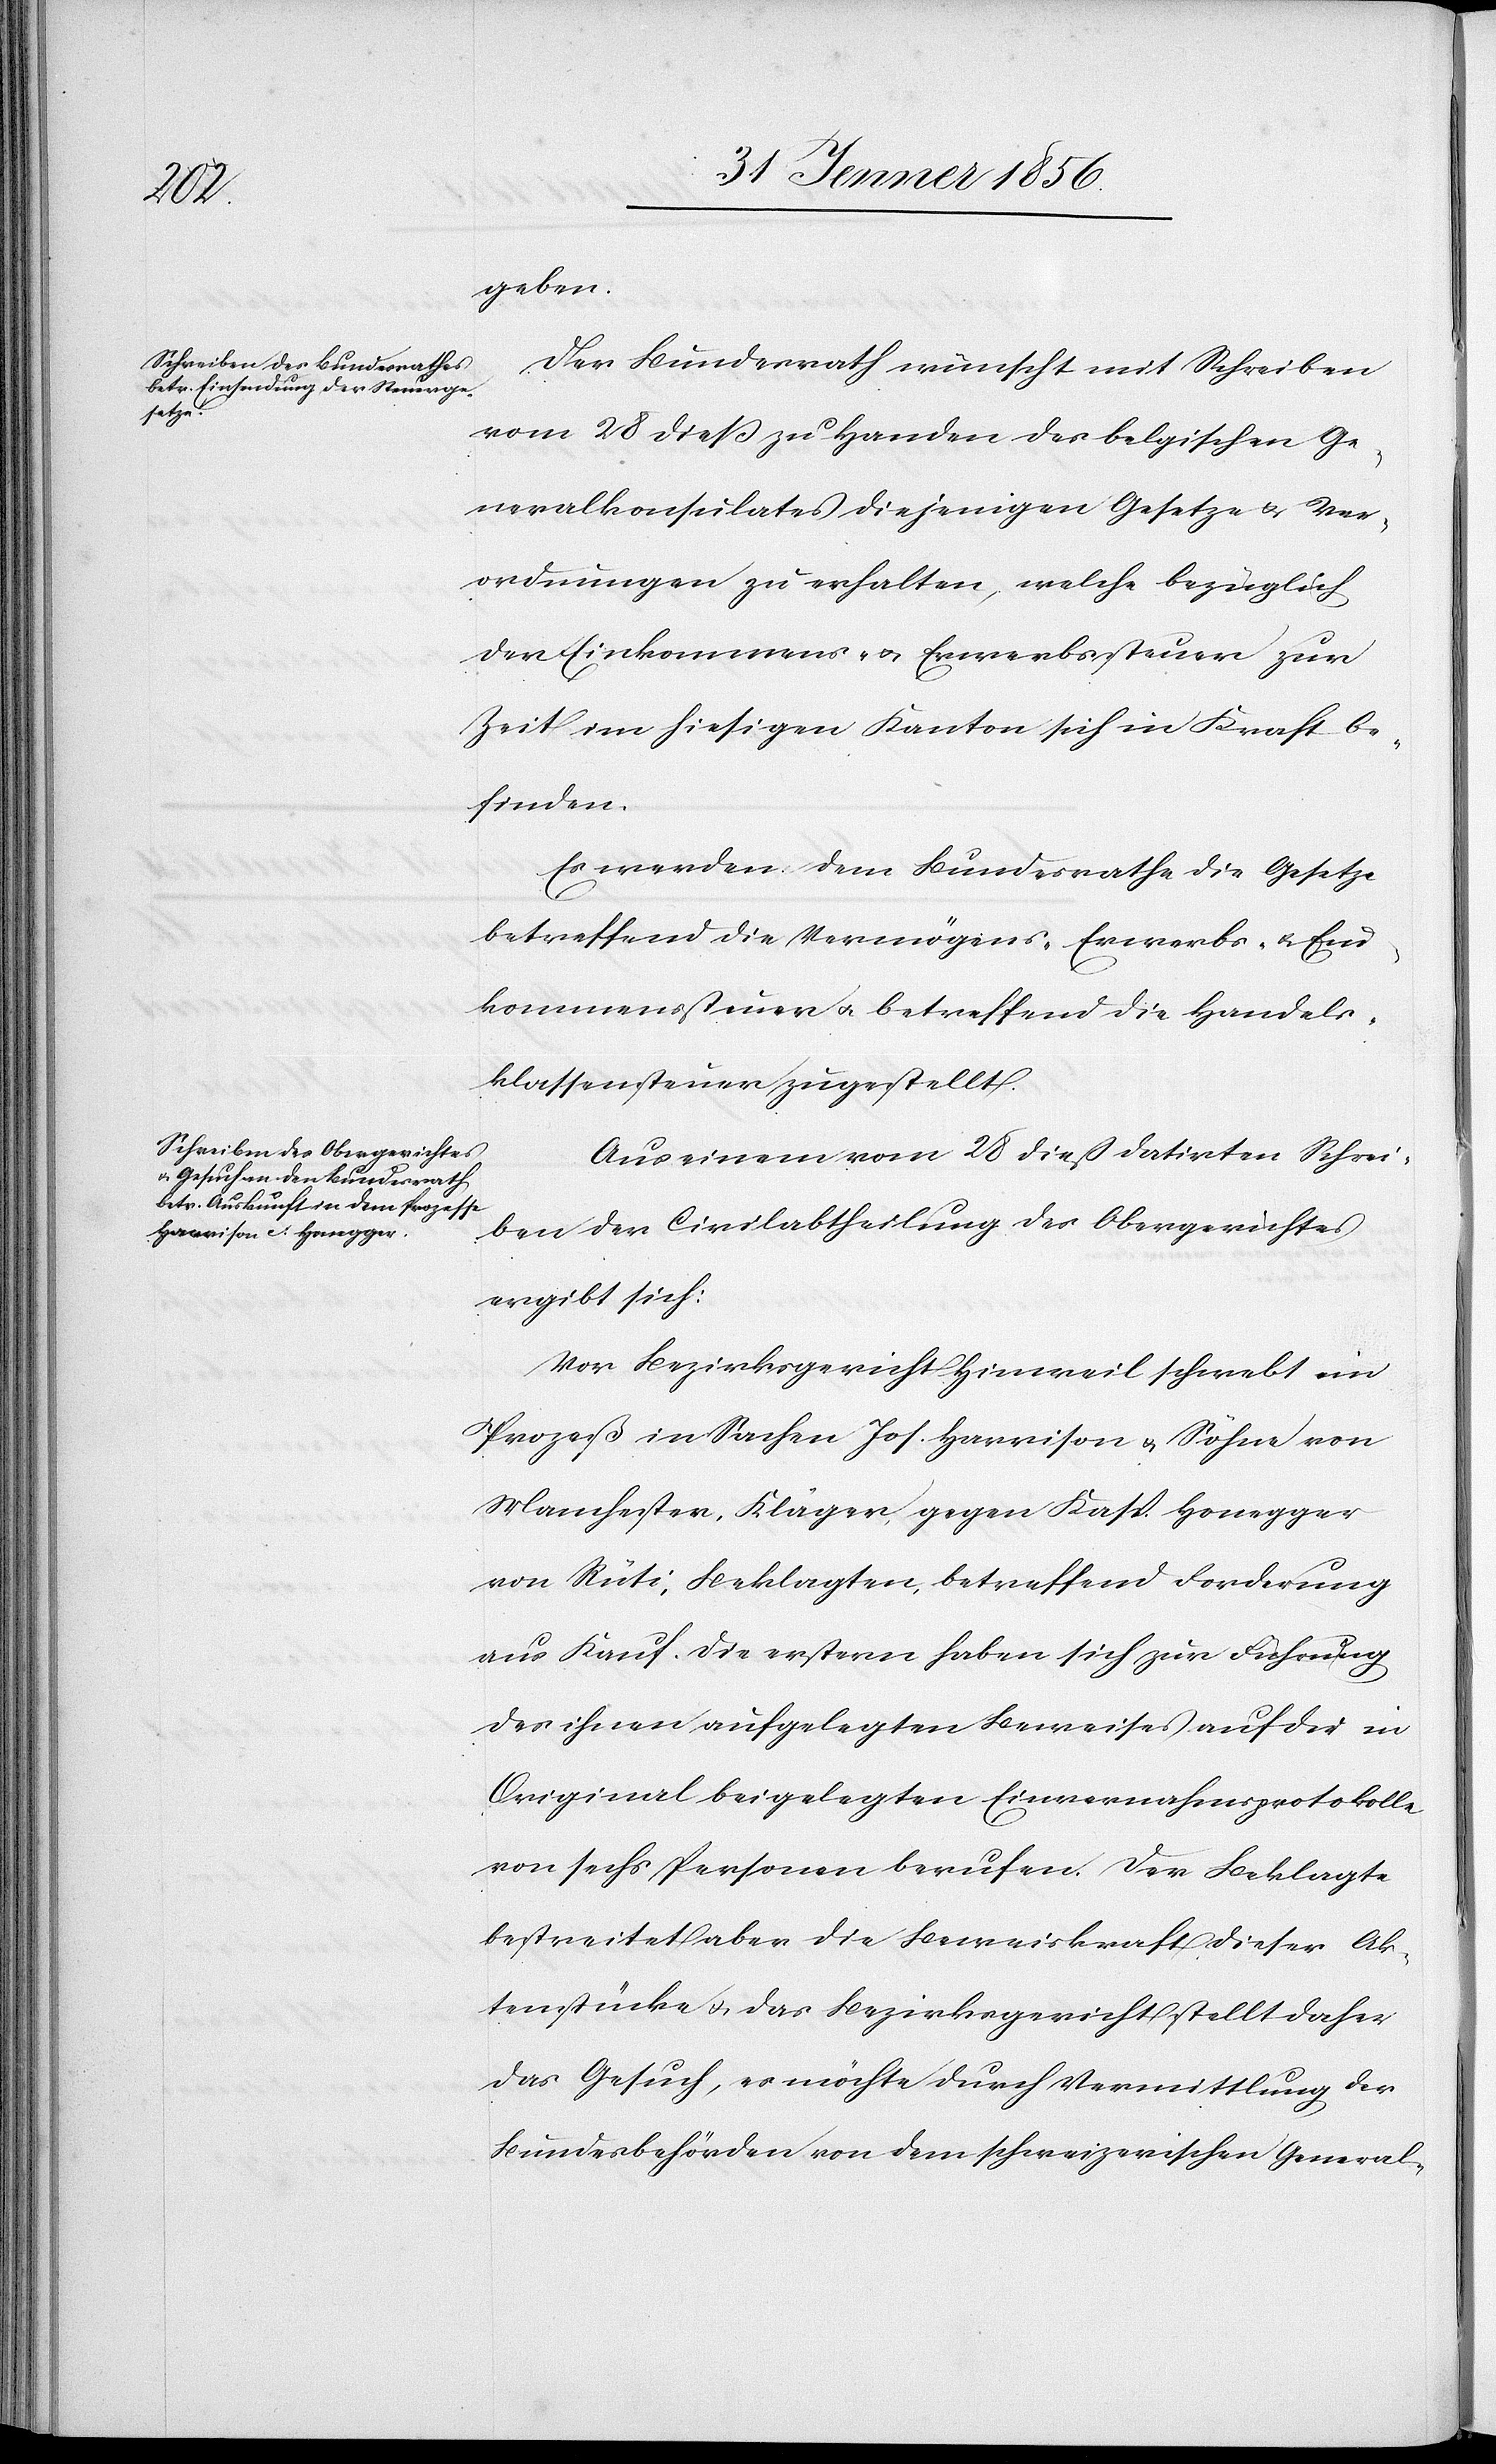
geben.
Der Bundesrath wünscht mit Schreiben
vom 28 dieß zu Handen des belgischen Ge¬
neralkonsulates diejenigen Gesetze u. Ver¬
ordnungen zu erhalten, welche bezüglich
der Einkommens- u. Erwerbssteuer zur
Zeit im hiesigen Kanton sich in Kraft be¬
finden.
Es werden dem Bundesrath die Gesetze
betreffend die Vermögens- [,] Erwerbs- u. Ein¬
kommenssteuer u. betreffend die Handels¬
klassensteuer zugestellt.
Aus einem vom 28 dieß datirten Schrei¬
ben der Civilabtheilung des Obergerichtes
ergibt sich:
Vor Bezirksgericht Hinweil schwebt ein
Prozeß in Sachen Joh. Harrison u. Söhne von
Manchester, Kläger, gegen Kasp. Honegger
von Rüti, Beklagten, betreffend Forderung
aus Kauf. Die erstern haben sich zur Führung
des ihnen aufgelegten Beweises auf die in
Original beigelegten Einvernahmsprotokolle
von sechs Personen berufen. Der Beklagte
bestreitet aber die Beweiskraft dieser Ak¬
tenstücke u. das Bezirksgericht stellt daher
das Gesuch, es möchte durch Vermittlung der
Bundesbehörden von dem schweizerischen General-